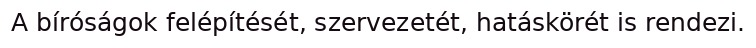
A bíróságok felépítését, szervezetét, hatáskörét is rendezi.